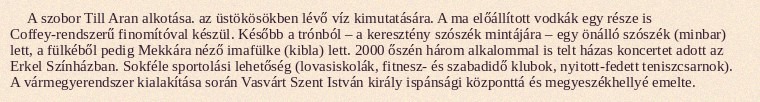
A szobor Till Aran alkotása. az üstökösökben lévő víz kimutatására. A ma előállított vodkák egy része is Coffey-rendszerű finomítóval készül. Később a trónból – a keresztény szószék mintájára – egy önálló szószék (minbar) lett, a fülkéből pedig Mekkára néző imafülke (kibla) lett. 2000 őszén három alkalommal is telt házas koncertet adott az Erkel Színházban. Sokféle sportolási lehetőség (lovasiskolák, fitnesz- és szabadidő klubok, nyitott-fedett teniszcsarnok). A vármegyerendszer kialakítása során Vasvárt Szent István király ispánsági központtá és megyeszékhellyé emelte.